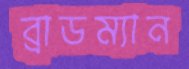
ব্রাডম্যান